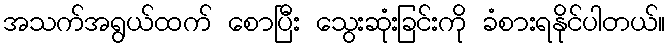
အသက်အရွယ်ထက် စောပြီး သွေးဆုံးခြင်းကို ခံစားရနိုင်ပါတယ်။